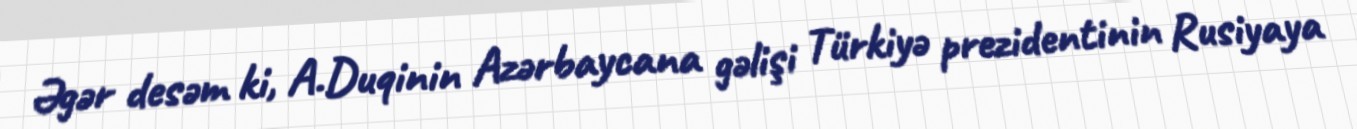
Əgər desəm ki, A.Duqinin Azərbaycana gəlişi Türkiyə prezidentinin Rusiyaya